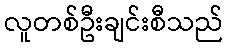
လူတစ်ဦးချင်းစီသည်